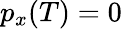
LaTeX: p_{x}(T)=0